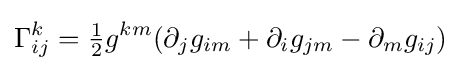
\Gamma _{ij}^{k}={\tfrac {1}{2}}g^{km}(\partial _{j}g_{im}+\partial _{i}g_{jm}-\partial _{m}g_{ij})